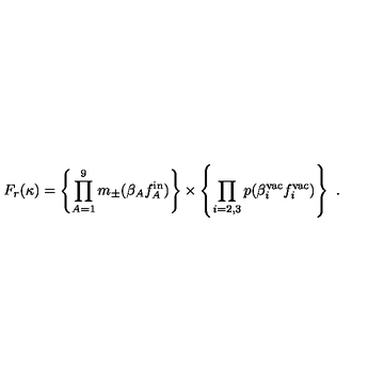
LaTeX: F _ { r } ( \kappa ) = \left\{ \prod _ { A = 1 } ^ { 9 } m _ { \pm } ( \beta _ { A } f _ { A } ^ { \mathrm { i n } } ) \right\} \times \left\{ \prod _ { i = 2 , 3 } p ( \beta _ { i } ^ { \mathrm { v a c } } f _ { i } ^ { \mathrm { v a c } } ) \right\} \ .